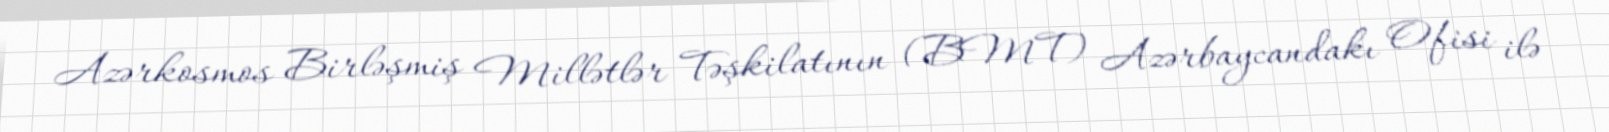
Azərkosmos Birləşmiş Millətlər Təşkilatının (BMT) Azərbaycandakı Ofisi ilə